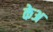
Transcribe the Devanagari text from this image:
केअ